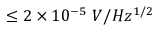
\leq 2 \times 1 0 ^ { - 5 } \ V / H z ^ { 1 / 2 }